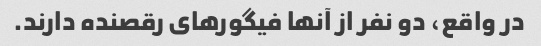
در واقع، دو نفر از آنها فیگورهای رقصنده دارند.